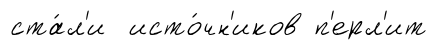
ста́л'и исто́чн'иков п'ерл'ит